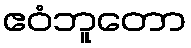
ဧဝံဘူတော